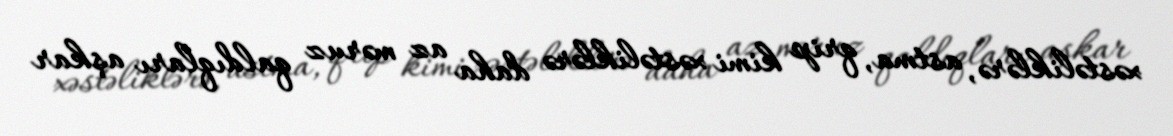
xəstəliklərə, astma, qrip kimi xəstəliklərə daha az məruz qaldıqları aşkar